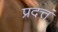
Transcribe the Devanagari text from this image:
प्रदत्तं